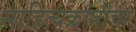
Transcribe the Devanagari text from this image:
साहित्यक्रांतीचा